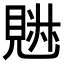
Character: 𧡉